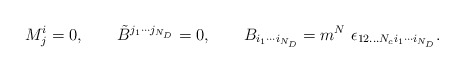
\begin{align*}M^i_j =0, \qquad \tilde B^{j_1\cdots j_{N_D}} =0,\qquad B_{i_1 \cdots i_{N_D}} =m^{N} \ \epsilon_{12...N_c i_1 \cdots i_{N_D}}.\end{align*}